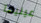
عينيها